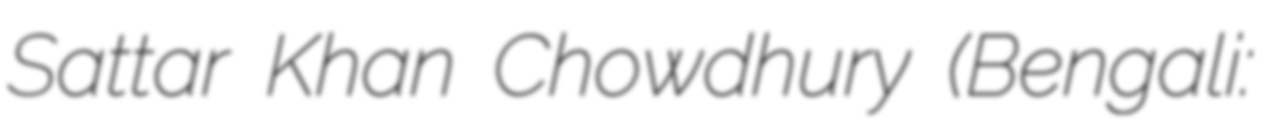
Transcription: Sattar Khan Chowdhury (Bengali: